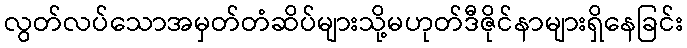
လွတ်လပ်သောအမှတ်တံဆိပ်များသို့မဟုတ်ဒီဇိုင်နာများရှိနေခြင်း